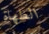
الطهاة